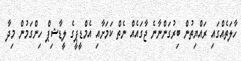
ހާލަތެއްގައި ރައްޔިތުން ބިރުގަންނާނެ ޖާގައެއް ނެތް ކަމަށާއި އެމްޑީޕީގެ ލީޑާޝިޕް ހިންގަމުން މިދާ